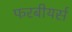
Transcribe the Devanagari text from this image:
फरबीयर्स